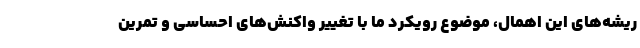
ریشه‌های این اهمال، موضوع رویکرد ما با تغییر واکنش‌های احساسی و تمرین